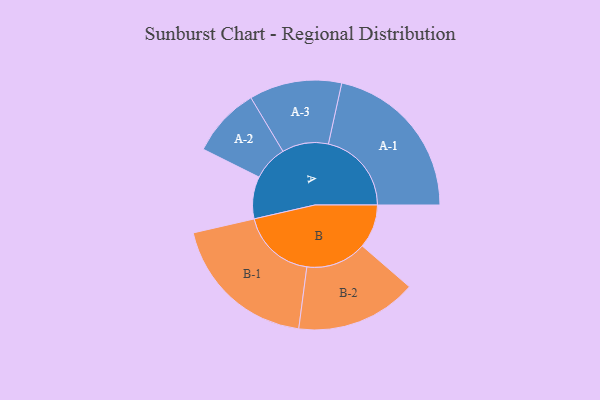
{"axis": {"x": "Segment", "y": "Value"}, "legend": ["", "A", "B"], "data": [{"x": "A", "y": 133, "type": ""}, {"x": "B", "y": 138, "type": ""}, {"x": "A-1", "y": 262, "type": "A"}, {"x": "A-2", "y": 110, "type": "A"}, {"x": "A-3", "y": 146, "type": "A"}, {"x": "B-1", "y": 235, "type": "B"}, {"x": "B-2", "y": 191, "type": "B"}]}